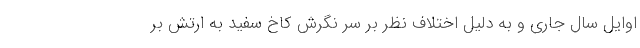
اوایل سال جاری و به دلیل اختلاف نظر بر سر نگرش کاخ سفید به ارتش بر